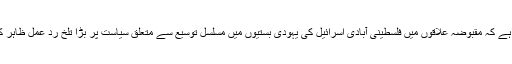
یہی وجہ ہے کہ مقبوضہ علاقوں میں فلسطینی آبادی اسرائیل کی یہودی بستیوں میں مسلسل توسیع سے متعلق سیاست پر بڑا تلخ رد عمل ظاہر کرتی ہے۔